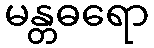
မန္တဓရော